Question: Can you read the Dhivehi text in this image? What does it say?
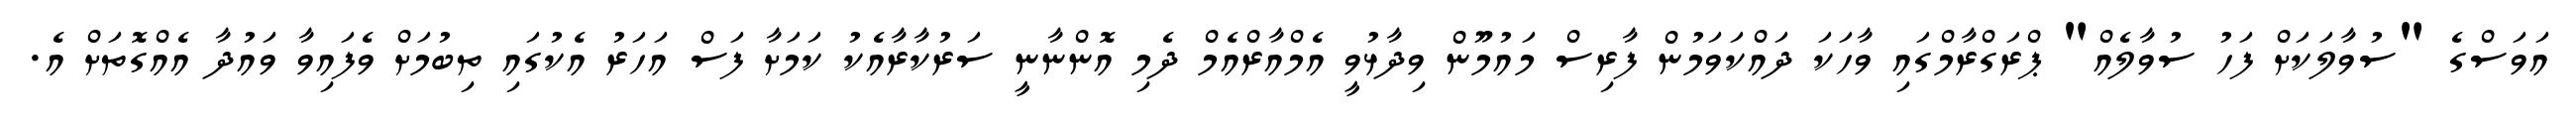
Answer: އަވަސްގެ "ސުވާލަކަށް ފަހު ސުވާލެއް" ޕްރަގްރާމްގައި ވާހަކަ ދައްކަވަމުން ފާރިސް މައުމޫން ވިދާޅުވީ އެމްއާރްއެމް ދެމި އޮންނާނީ ސަރުކާރާއެކު ކަމަށާ ފަސް އަހަރު އެކުގައި ތިބުމަށް ވެފައިވާ ވައުދާ އެއްގޮތަށް އެ.